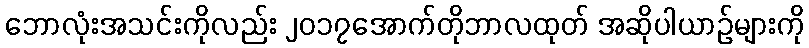
ဘောလုံးအသင်းကိုလည်း ၂၀၁၇အောက်တိုဘာလထုတ် အဆိုပါယာဉ်များကို